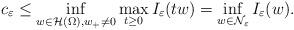
LaTeX: \begin{align*} c_\varepsilon\leq\inf\limits_{w\in \mathcal{H}(\Omega), w_+\neq 0}\max\limits_{t\geq 0}I_\varepsilon(tw)=\inf\limits_{w\in \mathcal{N}_\varepsilon}I_\varepsilon(w).\end{align*}